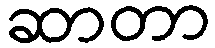
ဆာတာ